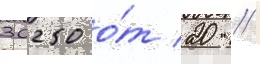
30250 о́т 20 //